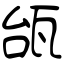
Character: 瓵